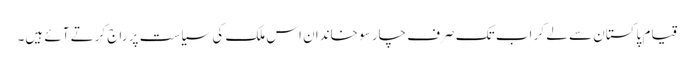
قیام پاکستان سے لے کر اب تک صرف چار سو خاندان اس ملک کی سیاست پر راج کرتے آئے ہیں۔